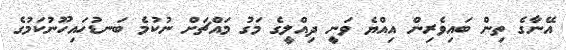
އޭނާގެ ތިން ބައިވެރިން އިއްޔެ ވަނީ ދިއްލީގެ މަގު މައްޗަށް ނުކުމެ ބަނޑުހައިހޫނުކަމުގެ